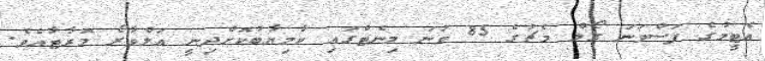
އެޓީމުގެ ފަސްވަނަ ގޯލް މެޗުގެ 85 ވަނަ މިނެޓްގައި ކާމިޔާބުކޮށްދިނީ އަލްވާރޯ މޮރާޓާއެވެ.